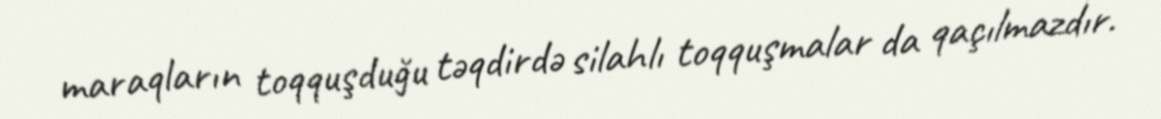
maraqların toqquşduğu təqdirdə silahlı toqquşmalar da qaçılmazdır.